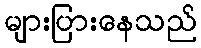
များပြားနေသည်